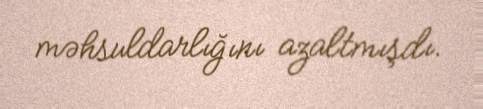
məhsuldarlığını azaltmışdı.